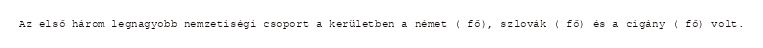
Az első három legnagyobb nemzetiségi csoport a kerületben a német ( fő), szlovák ( fő) és a cigány ( fő) volt.